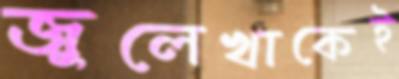
জুলেখাকেই